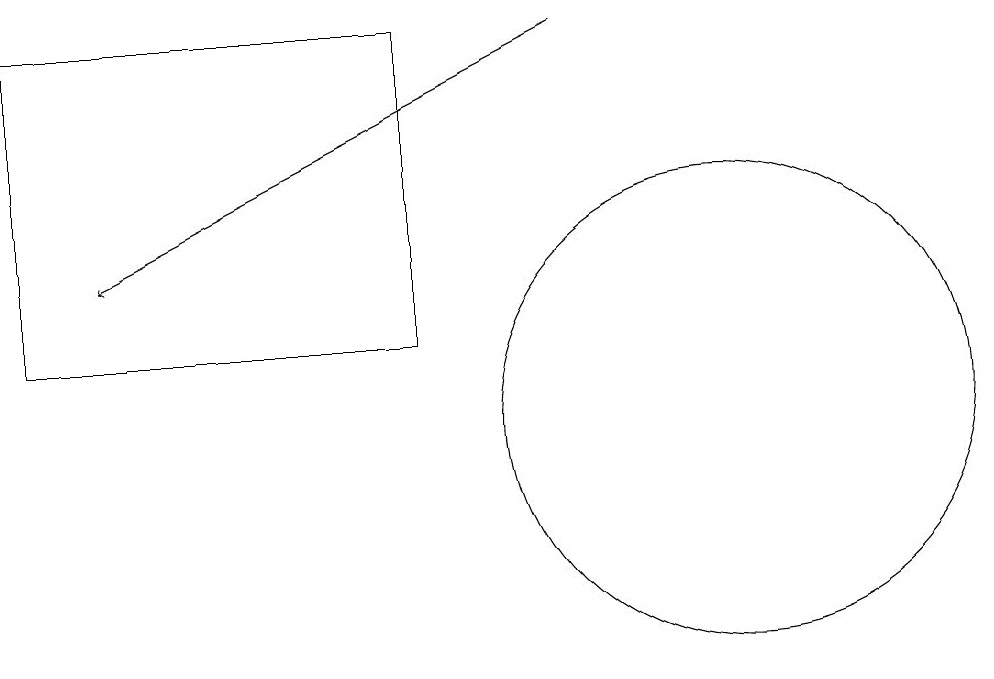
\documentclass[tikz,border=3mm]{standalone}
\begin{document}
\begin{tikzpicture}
\draw (10,11) circle (3);
\draw (6,16) rectangle (1,12);
\draw[->] (8,16) -- (2,13);
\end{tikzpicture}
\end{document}